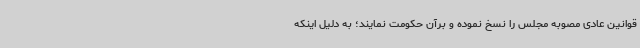
قوانین عادی مصوبه مجلس را نسخ نموده و برآن حکومت نمایند؛ به دلیل اینکه